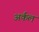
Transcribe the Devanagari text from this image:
अर्कल